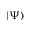
| \Psi \rangle